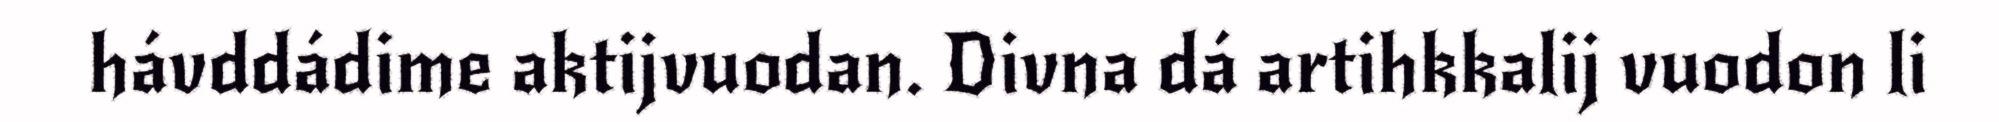
hávddádime aktijvuodan. Divna dá artihkkalij vuodon li